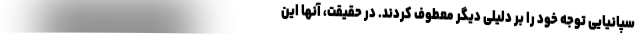
سپانیایی توجه خود را بر دلیلی دیگر معطوف کردند. در حقیقت، آنها این